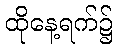
ထိုနေ့ရက်၌